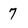
Character: 7